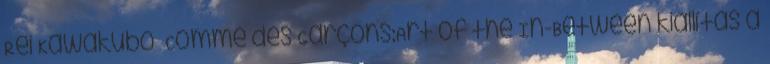
Rei Kawakubo Comme des Garçons:Art of the In-Between kiállítás a